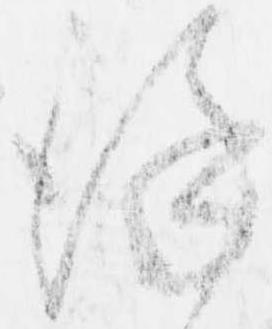
謹